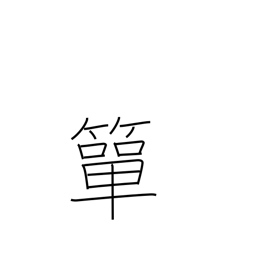
Meaning: small bamboo basket for holding